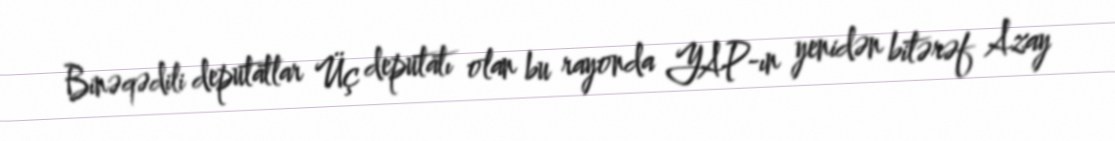
Binəqədili deputatlar Üç deputatı olan bu rayonda YAP-ın yenidən bitərəf Azay